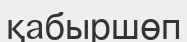
қабыршөп